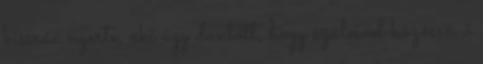
kissrác nyerte, aki úgy döntött, hogy szüleivel közösen ő